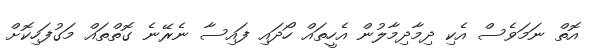
އޮތް ނަމަވެސް އެކި ދިމާދިމާލުން އެހީތައް ހޯދައި ފައިސާ ނެރޭނެ ގޮތްތައް މަގުފަހިކޮށް